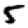
Digit: 5